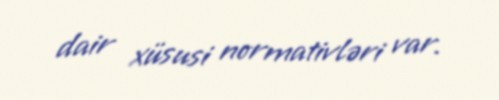
dair xüsusi normativləri var.